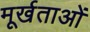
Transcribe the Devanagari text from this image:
मूर्खताओं